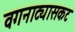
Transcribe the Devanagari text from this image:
वगनाट्यासकट